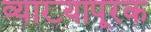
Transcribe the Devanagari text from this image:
व्याख्यापूरक